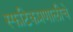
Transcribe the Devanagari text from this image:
स्फटिकप्रणालीचे